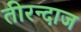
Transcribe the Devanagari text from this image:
तीरन्दाज